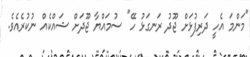
"މަންމަ އެހީ ދަރިފުޅަށް ޖޫދު ރަނގަޅު ހޭ" ސުމައްޔާ ޖޫދަށް ޝައްކެއް ނުކުރެއެެވެ.